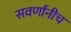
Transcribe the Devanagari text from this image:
सवर्णांनीच